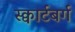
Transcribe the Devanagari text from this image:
स्क्वार्टबर्ग